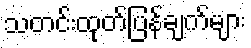
သတင်းထုတ်ပြန်ချက်များ